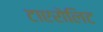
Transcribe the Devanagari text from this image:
टाएरोलिट